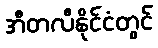
အီတလီနိုင်ငံတွင်